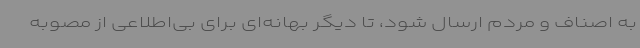
به اصناف و مردم ارسال شود، تا دیگر بهانه‌ای برای ‌بی‌اطلاعی از مصوبه